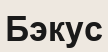
Бэкус